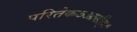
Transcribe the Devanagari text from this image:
परितेकऽआसीत्।